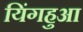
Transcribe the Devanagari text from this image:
यिंगहुआ